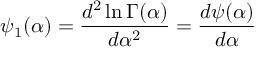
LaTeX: \psi _ { 1 } ( \alpha ) = { \frac { d ^ { 2 } \ln \Gamma ( \alpha ) } { d \alpha ^ { 2 } } } = { \frac { d \psi ( \alpha ) } { d \alpha } }